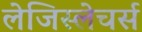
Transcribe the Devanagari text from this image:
लेजिस्लेचर्स